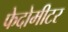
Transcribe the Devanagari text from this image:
फेदोमीटर